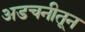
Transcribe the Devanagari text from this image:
अडचनीतून